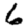
Digit: 6